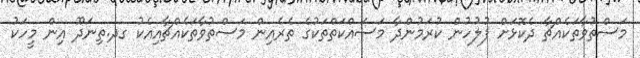
މަސްތުވާތަކެއްޗާ ދެކޮޅަށް ފުލުހުން ކުރަމުންދާ މަސައްކަތްތަކުގެ ތެރެއިން މަސްތުވާތަކެއްޗާއިއެކު ގދ.ތިނަދޫ އިން މީހަކު